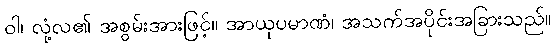
ဝါ၊ လုံ့လ၏ အစွမ်းအားဖြင့်။ အာယုပမာဏံ၊ အသက်အပိုင်းအခြားသည်။